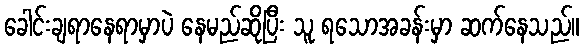
ခေါင်းချရာနေရာမှာပဲ နေမည်ဆိုပြီး သူ ရသောအခန်းမှာ ဆက်နေသည်။